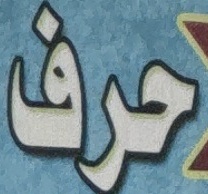
حرف